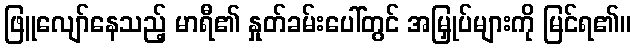
ဖြူလျော်နေသည့် မာရီ၏ နှုတ်ခမ်းပေါ်တွင် အမြှုပ်များကို မြင်ရ၏။